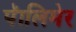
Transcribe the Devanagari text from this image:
पॅालिमेर